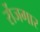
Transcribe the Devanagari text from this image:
र्रोजगार